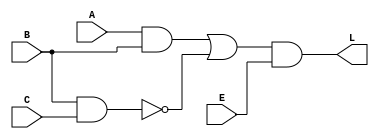
module test1(A,B,C,E,L);
  input A,B,C,E;
  output L;
  assign L=((A&B)|( ~(B&C)))&E;
endmodule